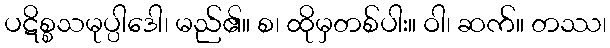
ပဋိစ္စသမုပ္ပါဒေါ၊ မည်၏။ စ၊ ထိုမှတစ်ပါး။ ဝါ၊ ဆက်။ တဿ၊